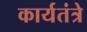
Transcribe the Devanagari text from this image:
कार्यतंत्रे